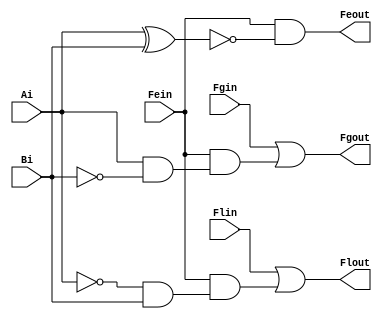
//CARLOS HENRIQUE HANNAS DE CARVALHO
//NUMERO USP: 11965988
//DATA: 14/06/2021

module circuit(output Flout, Feout, Fgout, input Ai, Bi, Fein, Flin, Fgin);
 
 //portas not
 not(nAi, Ai);
 not(nBi, Bi);
  
 //primeiro nivel
 and(P1, Ai, nBi);
 xnor(P2, Ai, Bi);
 and(P3, nAi, Bi);
  
 //segundo nivel 
 and(P4, Fein, P1);
 and(P5, Fein, P3);
  
 //portas de saida
 or(Flout, Flin, P5);
 and(Feout, Fein, P2);
 or(Fgout, Fgin, P4);
  
endmodule